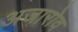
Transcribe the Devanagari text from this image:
अजारोव